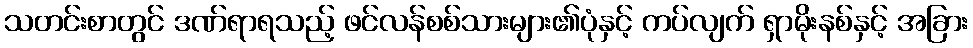
သတင်းစာတွင် ဒဏ်ရာရသည့် ဖင်လန်စစ်သားများ၏ပုံနှင့် ကပ်လျက် ရှာမိုးနစ်နှင့် အခြား